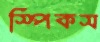
স্পিকস